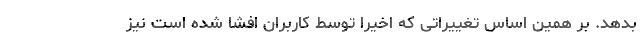
بدهد. بر همین اساس تغییراتی که اخیرا توسط کاربران افشا شده است نیز